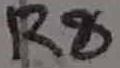
Text: R8